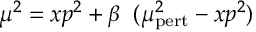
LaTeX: \mu ^ { 2 } = x p ^ { 2 } + \beta \; \; ( \mu _ { \mathrm { p e r t } } ^ { 2 } - x p ^ { 2 } )